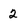
Character: 2